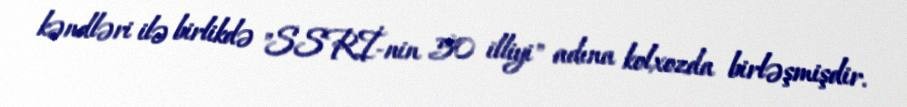
kəndləri ilə birlikdə "SSRİ-nin 50 illiyi" adına kolxozda birləşmişdir.